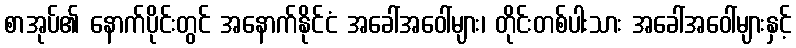
စာအုပ်၏ နောက်ပိုင်းတွင် အနောက်နိုင်ငံ အခေါ်အဝေါ်များ၊ တိုင်းတစ်ပါးသား အခေါ်အဝေါ်များနှင့်